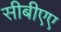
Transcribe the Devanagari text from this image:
सीबीएए